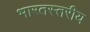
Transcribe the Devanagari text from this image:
भारतस्तरीय